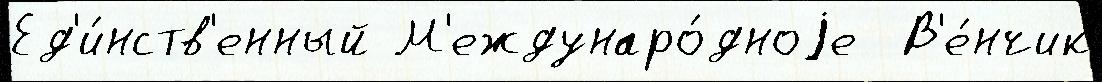
Ед'и́нств'енный М'еждунаро́дноjе  В'е́нчик